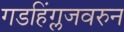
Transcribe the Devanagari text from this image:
गडहिंग्लजवरुन